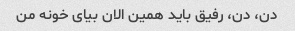
دن، دن، رفیق باید همین الان بیای خونه من